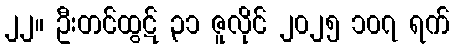
၂၂။ ဦးတင်ထွဋ် ၃၁ ဇူလိုင် ၂၀၂၅ ၁၀၇ ရက်